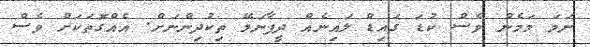
ނަމަ މަމެން ވެސް ކުޑަ ގައިޑް ލައިނެއް ދީފާނަމޭ ތިކުދިންނަށް. އެއްގޮތަކަށް ވެސް